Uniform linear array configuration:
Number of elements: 12
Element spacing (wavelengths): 0.25
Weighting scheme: hamming
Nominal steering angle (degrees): -30
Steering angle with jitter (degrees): -31.942
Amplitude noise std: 0.05
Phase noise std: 0.05

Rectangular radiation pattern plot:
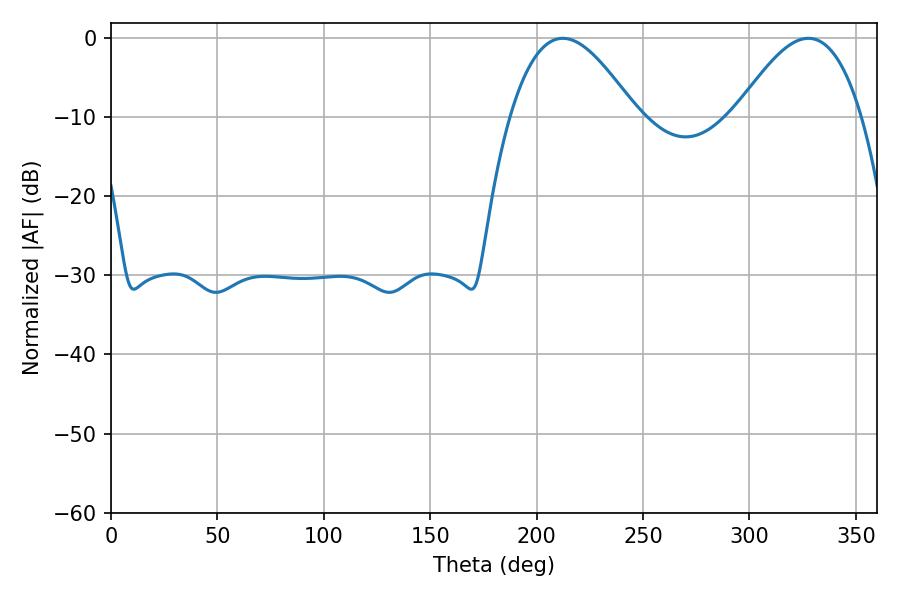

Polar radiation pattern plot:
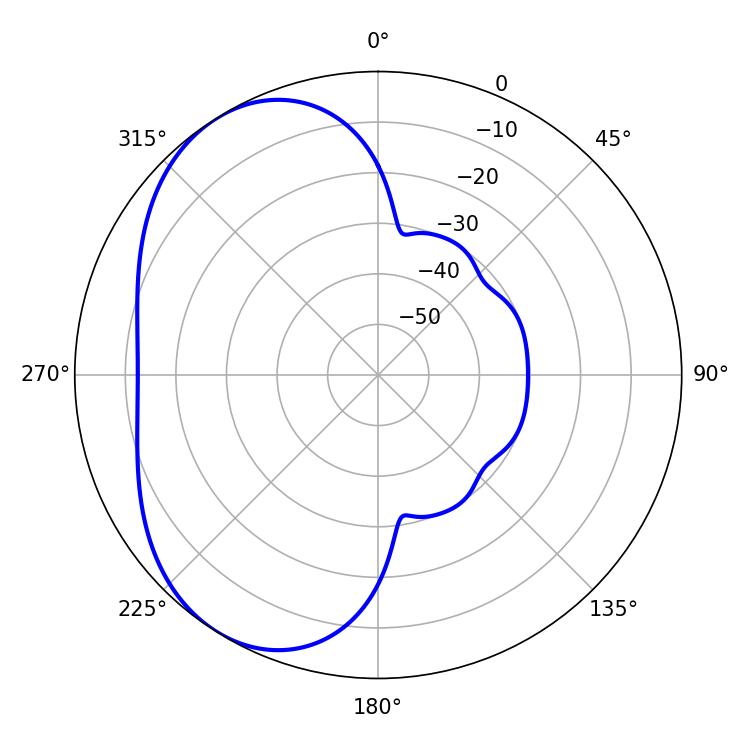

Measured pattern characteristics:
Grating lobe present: FALSE
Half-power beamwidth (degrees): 32.04
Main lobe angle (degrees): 212.22